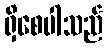
ရှိစေပါသည်